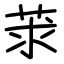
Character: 莍